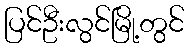
ပြင်ဦးလွင်မြို့တွင်